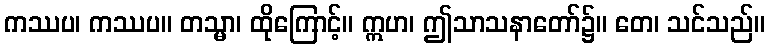
ကဿပ၊ ကဿပ။ တသ္မာ၊ ထိုကြောင့်။ ဣဟ၊ ဤသာသနာတော်၌။ တေ၊ သင်သည်။